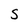
Character: S